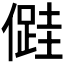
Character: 𠏠